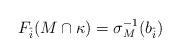
LaTeX: \begin{align*} F_{\hat{i}}(M \cap \kappa) = \sigma_M^{-1}(b_{\hat{i}})\end{align*}